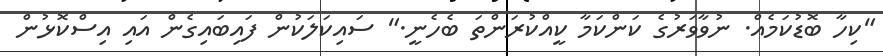
"ކިހާ ބޮޑުކަމެއް. ނުވާވަރުގެ ކަންކަމާ ކީއްކުރަންތަ ބެހެނީ." ސައިކަލަކުން ފައިބައިގެން އައި އިސްކޮޅުން